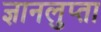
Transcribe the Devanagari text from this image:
ज्ञानलुप्ता